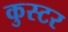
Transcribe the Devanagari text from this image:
कुस्टर